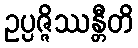
ဥပ္ပဇ္ဇိဿန္တီတိ